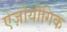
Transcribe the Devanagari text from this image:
ऐज़ोयौगिक